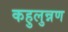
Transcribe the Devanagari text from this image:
कहुलुन्नण